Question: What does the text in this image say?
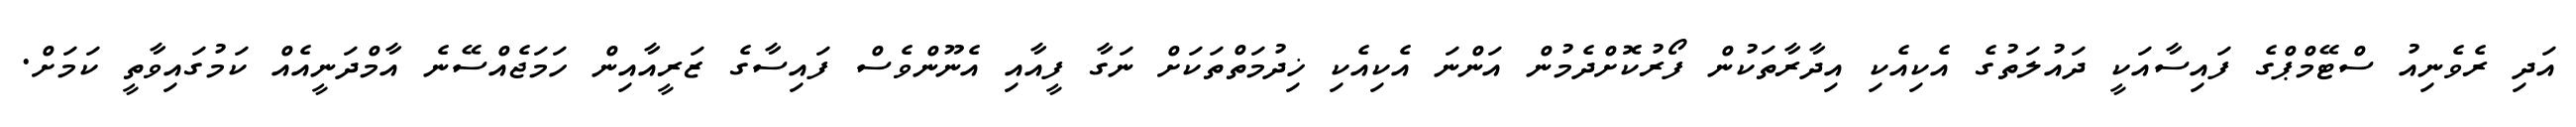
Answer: އަދި ރެވެނިއު ސްޓޭމްޕްގެ ފައިސާއަކީ ދައުލަތުގެ އެކިއެކި އިދާރާތަކުން ފޯރުކޮށްދެމުން އަންނަ އެކިއެކި ޚިދުމަތްތަކަށް ނަގާ ފީއާއި އެނޫންވެސް ފައިސާގެ ޒަރީއާއިން ހަމަޖެއްސޭނެ އާމްދަނީއެއް ކަމުގައިވާތީ ކަމަށް.